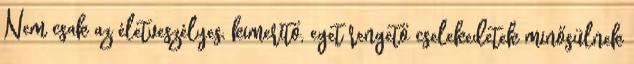
Nem csak az életveszélyes, kimerítő, eget rengető cselekedetek minősülnek